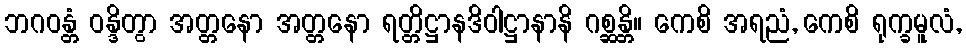
ဘဂဝန္တံ ဝန္ဒိတွာ အတ္တနော အတ္တနော ရတ္တိဋ္ဌာနဒိဝါဋ္ဌာနာနိ ဂစ္ဆန္တိ။ ကေစိ အရညံ, ကေစိ ရုက္ခမူလံ,